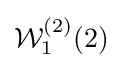
{\mathcal {W}}_{1}^{(2)}(2)